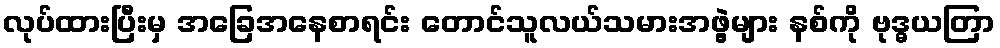
လုပ်ထားပြီးမှ အခြေအနေစာရင်း တောင်သူလယ်သမားအဖွဲ့များ နစ်ကို ဗုဒ္ဓယတြာ